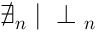
\nexists \v { r } _ { \boldsymbol { n } } \mid \v { U } \perp \v { r } _ { \boldsymbol { n } }